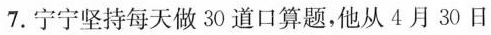
7.宁宁坚持每天做30道口算题，他从4月30日